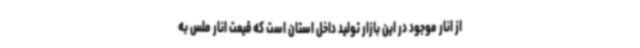
از انار موجود در این بازار تولید داخل استان است که قیمت انار ملس به